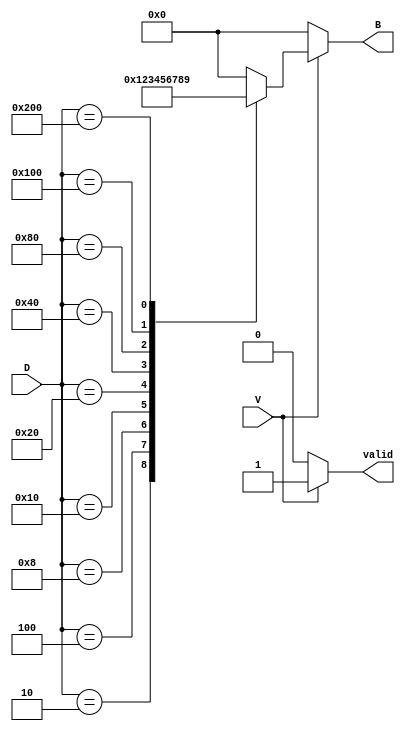
module DecimalToBinaryEncoder (
    input wire [9:0] D,  // 10 input lines D0 to D9
    input wire V,        // Valid input signal
    output reg [3:0] B,  // 4-bit binary output B3 to B0
    output reg valid      // Output valid signal
);

    always @(*) begin
        // Default output values
        B = 4'b0000;  // Default to binary 0
        valid = 1'b0; // Default valid signal to low
        
        // Check if the valid signal is low
        if (V == 1'b0) begin
            B = 4'b0000;  // Set output to 0 when valid is low
            valid = 1'b0; // Output is not valid
        end else begin
            // Priority encoding logic
            case (D)
                10'b0000000001: B = 4'b0000; // D0
                10'b0000000010: B = 4'b0001; // D1
                10'b0000000100: B = 4'b0010; // D2
                10'b0000001000: B = 4'b0011; // D3
                10'b0000010000: B = 4'b0100; // D4
                10'b0000100000: B = 4'b0101; // D5
                10'b0001000000: B = 4'b0110; // D6
                10'b0010000000: B = 4'b0111; // D7
                10'b0100000000: B = 4'b1000; // D8
                10'b1000000000: B = 4'b1001; // D9
                default: begin
                    B = 4'b0000; // Default output for invalid states
                    valid = 1'b0; // Output is not valid
                end
            endcase
            valid = 1'b1; // Output is valid if V is high
        end
    end

endmodule